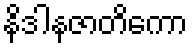
နိဒါနဇာတိကော